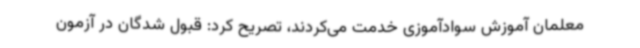
معلمان آموزش سوادآموزی خدمت می‌کردند، تصریح کرد: قبول شدگان در آزمون